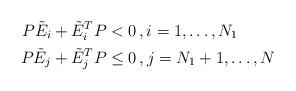
LaTeX: \begin{align*}P\tilde{E}_i + \tilde{E}_i^TP &< 0\,, i=1, \dots, N_1 \\P\tilde{E}_j + \tilde{E}_j^TP &\le 0\,, j=N_1+1, \dots, N\end{align*}